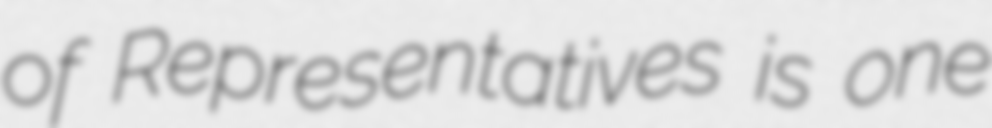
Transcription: of Representatives is one